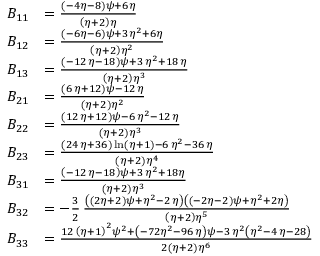
\begin{array} { r l } { B _ { 1 1 } } & { = { \frac { \left( - 4 \eta - 8 \right) \psi + 6 \eta } { \left( \eta + 2 \right) \eta } } } \\ { B _ { 1 2 } } & { = { \frac { \left( - 6 \eta - 6 \right) \psi + 3 \eta ^ { 2 } + 6 \eta } { \left( \eta + 2 \right) { \eta } ^ { 2 } } } } \\ { B _ { 1 3 } } & { = { \frac { \left( - 1 2 \, \eta - 1 8 \right) \psi + 3 \, { \eta } ^ { 2 } + 1 8 \, \eta } { \left( \eta + 2 \right) { \eta } ^ { 3 } } } } \\ { B _ { 2 1 } } & { = { \frac { \left( 6 \, \eta + 1 2 \right) \psi - 1 2 \, \eta } { \left( \eta + 2 \right) { \eta } ^ { 2 } } } } \\ { B _ { 2 2 } } & { = { \frac { \left( 1 2 \, \eta + 1 2 \right) \psi - 6 \, { \eta } ^ { 2 } - 1 2 \, \eta } { \left( \eta + 2 \right) { \eta } ^ { 3 } } } } \\ { B _ { 2 3 } } & { = { \frac { \left( 2 4 \, \eta + 3 6 \right) \ln \left( \eta + 1 \right) - 6 \, { \eta } ^ { 2 } - 3 6 \, \eta } { \left( \eta + 2 \right) { \eta } ^ { 4 } } } } \\ { B _ { 3 1 } } & { = { \frac { \left( - 1 2 \, \eta - 1 8 \right) \psi + 3 \, { \eta } ^ { 2 } + 1 8 \eta } { \left( \eta + 2 \right) { \eta } ^ { 3 } } } } \\ { B _ { 3 2 } } & { = - \frac 3 2 \, { \frac { \left( \left( 2 \eta + 2 \right) \psi + { \eta } ^ { 2 } - 2 \, \eta \right) \left( \left( - 2 \eta - 2 \right) \psi + { \eta } ^ { 2 } + 2 \eta \right) } { \left( \eta + 2 \right) { \eta } ^ { 5 } } } } \\ { B _ { 3 3 } } & { = { \frac { 1 2 \, \left( \eta + 1 \right) ^ { 2 } \psi ^ { 2 } + \left( - 7 2 { \eta } ^ { 2 } - 9 6 \, \eta \right) \psi - 3 \, { \eta } ^ { 2 } \left( { \eta } ^ { 2 } - 4 \, \eta - 2 8 \right) } { 2 \left( \eta + 2 \right) { \eta } ^ { 6 } } } } \end{array}